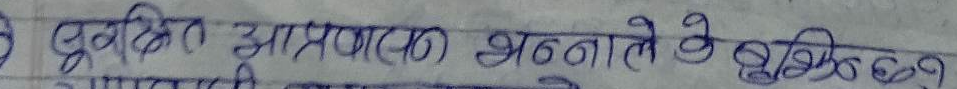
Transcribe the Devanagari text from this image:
बुद्धि त आप्रदायक श्रोता ले वृद्धिको